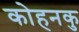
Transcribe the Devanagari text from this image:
कोहनकु